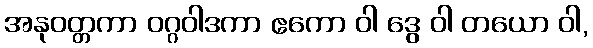
အနုဝတ္တကာ ဝဂ္ဂဝါဒကာ ဧကော ဝါ ဒွေ ဝါ တယော ဝါ,